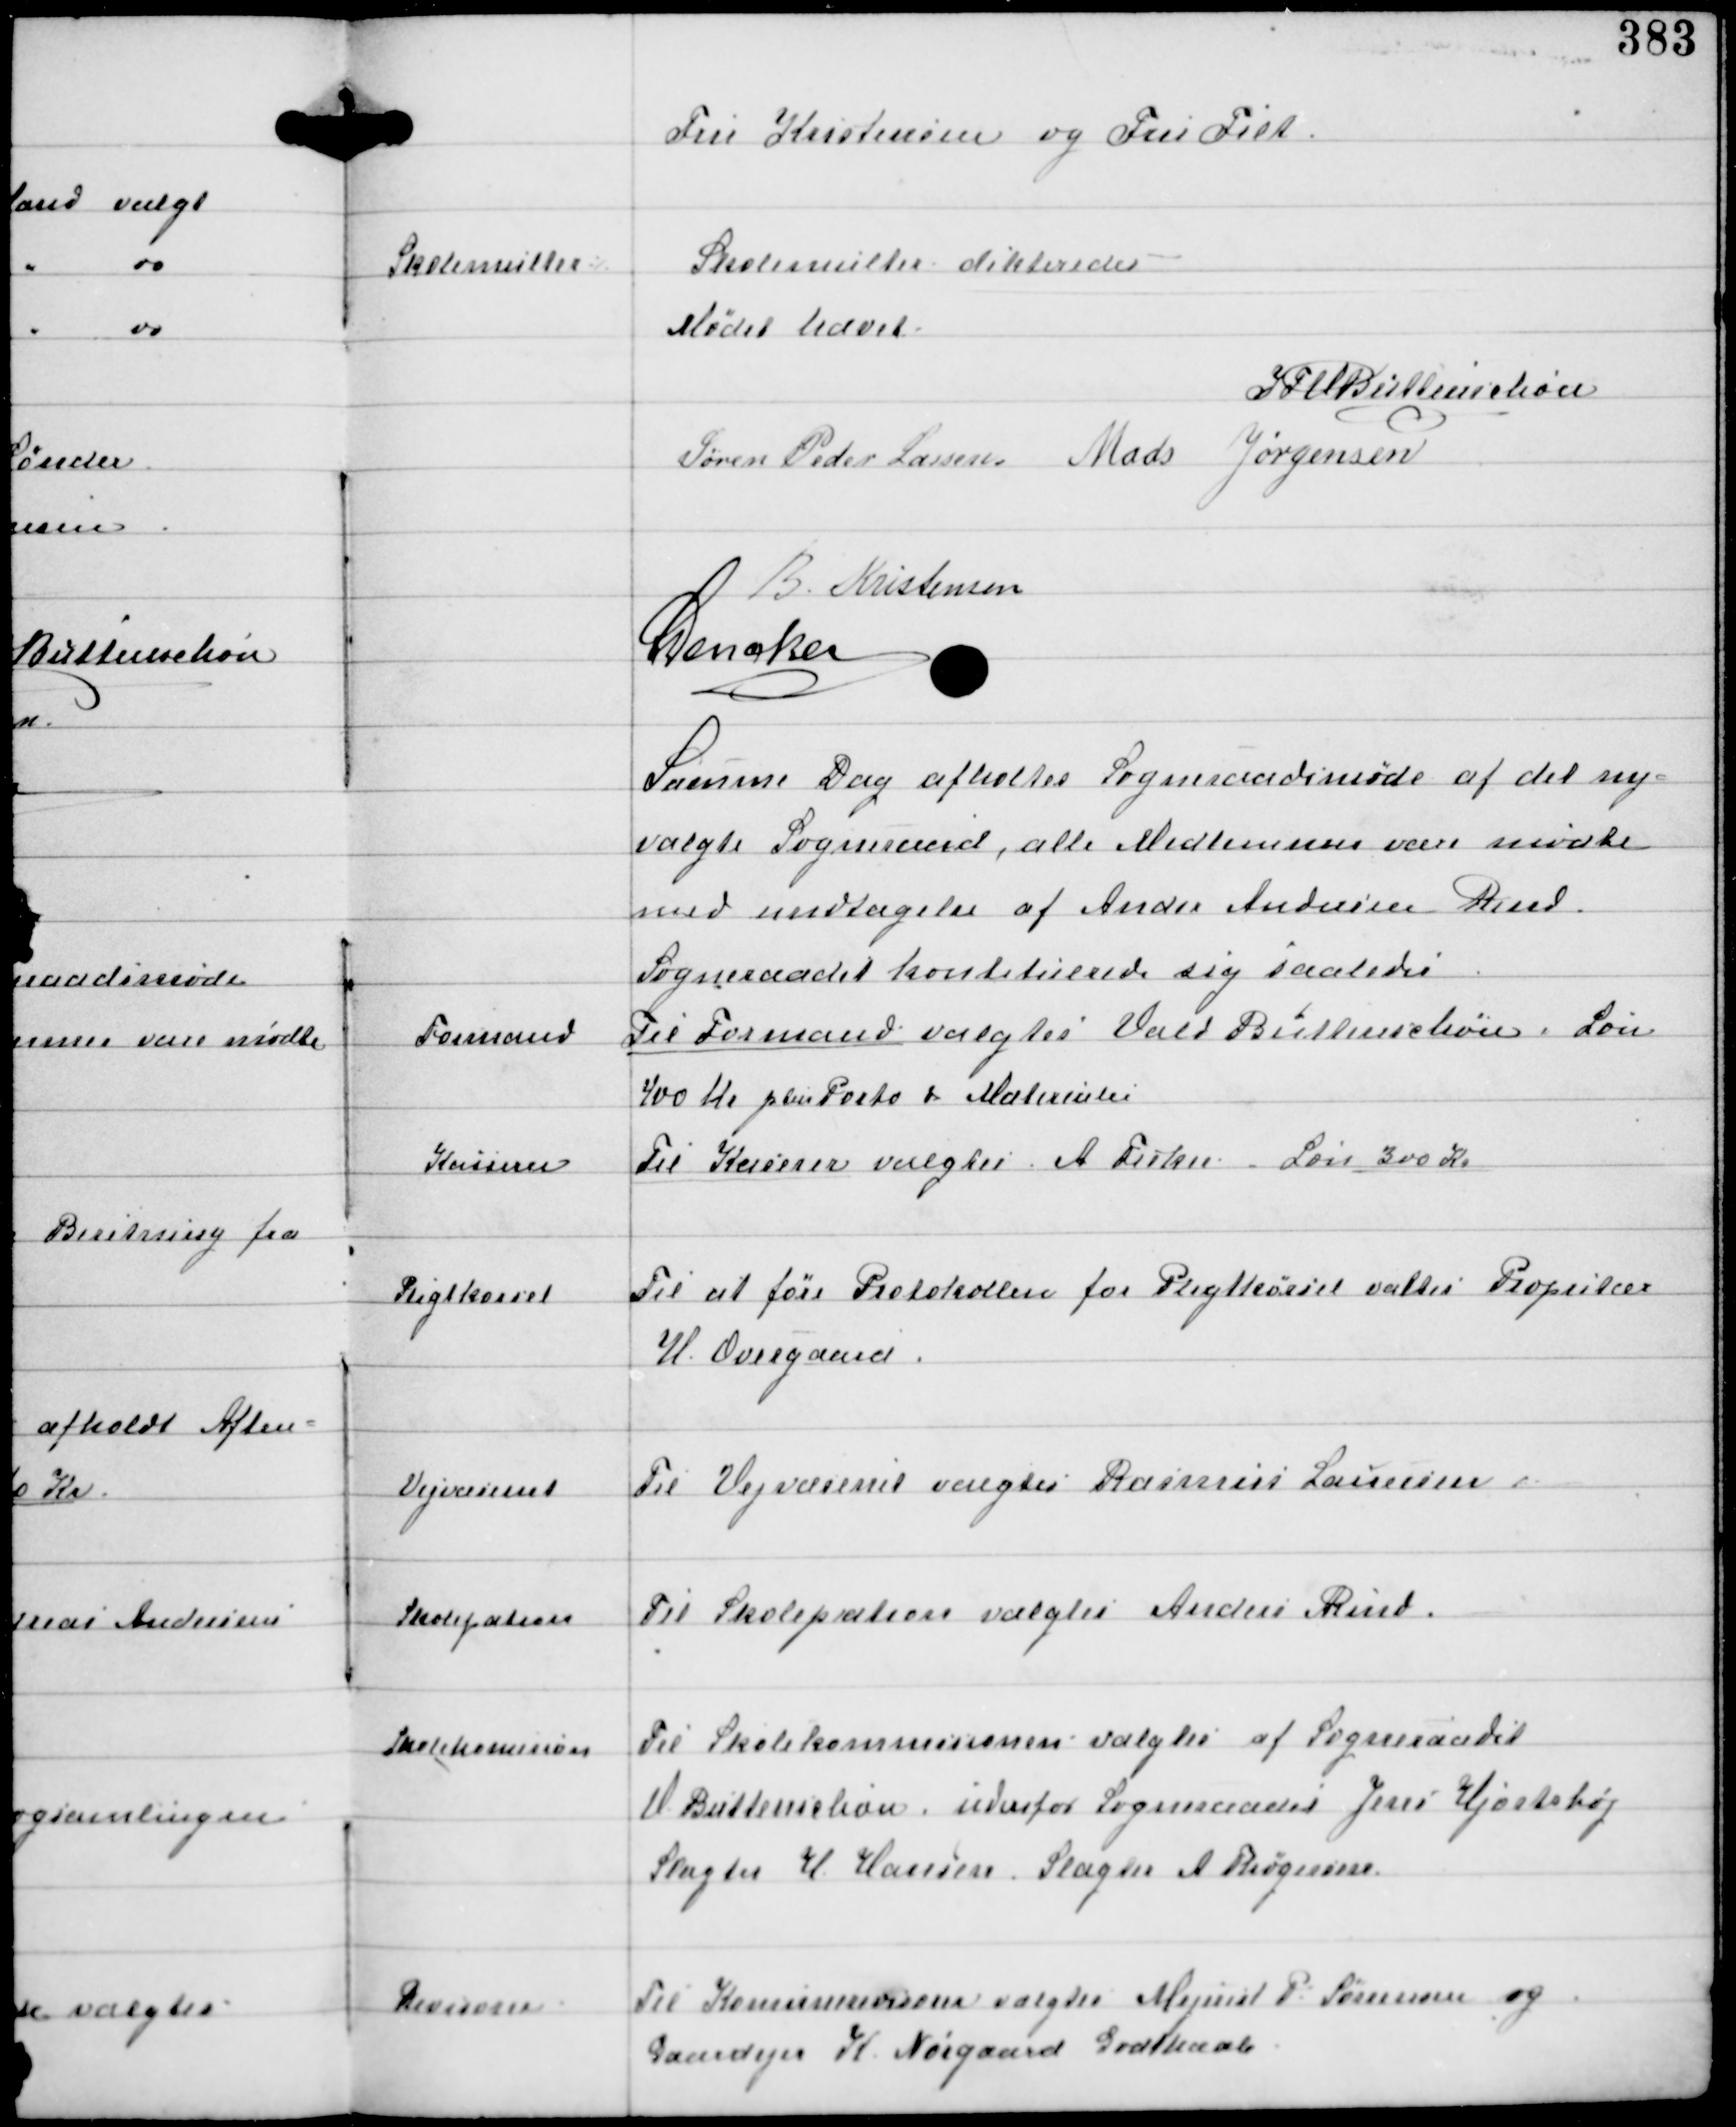
Transskription:
Fru Kristensen og Fru Filt

Skolemulkter

Skolemulkter dikteredes

Mødet hævet.

IFV Buttenschøn
Søren Peder Lassen Mads Jørgensen
B. Kristensen
C Dencker

Samme Dag afholdtes Sogneraadsmøde af det ny-
valgte Sogneraad, alle Medlemmer vare mødte
med undtagelse af Ander Andersen Rind
Sogneraadet konstituerede sig saaledes

Formand

Til Formand valgtes Vald Buttenschøn. Løn
400 Kr plus Porto og Materialer

Kasserer

Til Kasserer valgtes A Fisker. Løn 300 Kr

Pligtkørsel

Til at føre Protokollen for Pligtkørsel valtes Propritær
H. Overgaard.

Vejvæsenet

Til Vejvæsenet valgtes Rasmus Laursen

Skolepatron

Til Skolepatron valgtes Anders Rind.

Skolekomission

Til Skolekommissionen valgtes af Sogneraadet
V Buttenschøn, udenfor Sogneraadet Jens Hjortshøj
Slagter H Hansen. Slagter A Thøgersen

Revisorer

Til Komunerevisorer valgtes Mejerist P Sørensen og
Gaardejer K. Nørgaard Godthaab